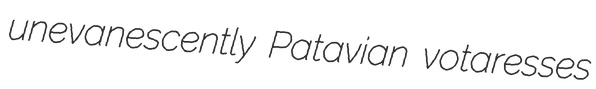
unevanescently Patavian votaresses